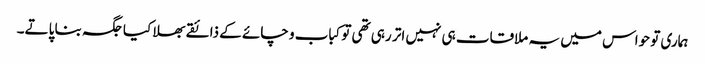
ہماری تو حواس میں یہ ملاقات ہی نہیں اتر رہی تھی توکباب و چائے کے ذائقے بھلا کیا جگہ بنا پاتے۔